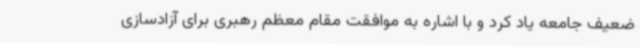
ضعیف جامعه یاد کرد و با اشاره به موافقت مقام معظم رهبری برای آزادسازی